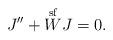
LaTeX: \begin{align*} J''+\overset{\mathrm{sf}}W J=0.\end{align*}